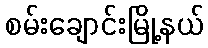
စမ်းချောင်းမြို့နယ်